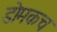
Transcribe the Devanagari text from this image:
डोमकच